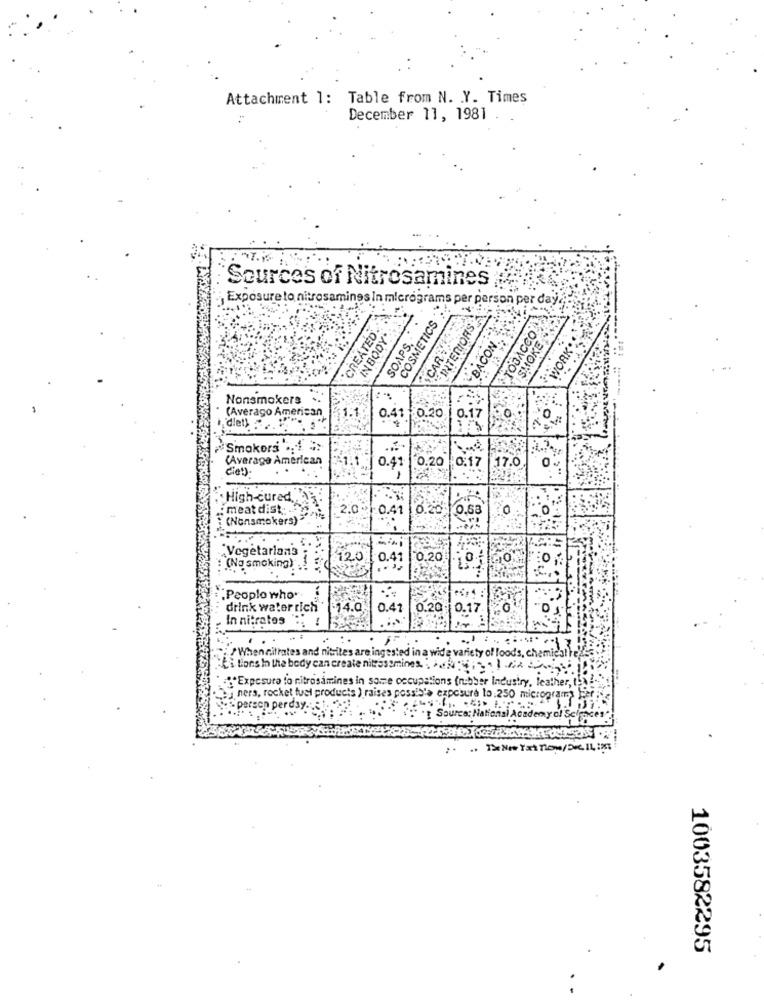
Attachment 1: Table from N. . Y. Times
December 11, 1981
Sources of Nitrosamines
Exposure to nitrosamines In micrograms per person per day ..
"INTERIORS
CREATED.
COSMETICS
CAR
TOBACCO
SMOKE
WORK
IN BODY'
SOAPS.
BACON ..
Nonsmokers
0
(Averago American
1.1
0.41
0.20
0.17
"Smokers .: 1
(Average American
0.20
0.17
.. %
C'et).
0.41
17.0
0
High-cured.
2.0~
:0.41
6.20
0.53
0
0
: meat dist .. ...
(Nonsmokers)"
"Vegetarian3
120
0.41
0.20
0
0
(Nosmoking) !
:People who.
drink water rich
-14.0
0.41
0.20
0.17
0
In nitrates :
. .
When nitrates and nisites are ingested in a wide variety of foods, chemiestre'e
bi tions in the body can create nitrosomines. heki, . 1 Mi
."Exposure to nitrosamines in same occupations (nibber Industry, leather, t.
ners, rocket fuel products ) raises possis'a exposure to:250 microgram
person perday .....
Source: National Academy of Sciences
1003582295